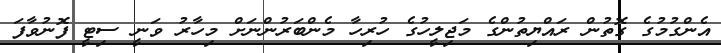
އެންގުމުގެ ގޮތުން ރައްޔިތުންގެ މަޖިލީހުގެ ހުރިހާ މެންބަރުންނަށް މިހާރު ވަނީ ސިޓީ ފޮނުވާފަ